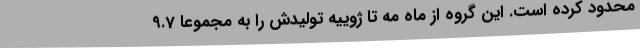
محدود کرده است. این گروه از ماه مه تا ژوییه تولیدش را به مجموعا 9.7